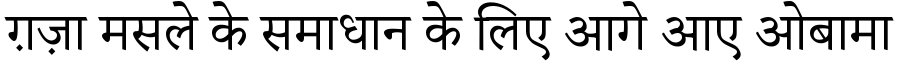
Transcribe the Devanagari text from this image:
ग़ज़ा मसले के समाधान के लिए आगे आए ओबामा